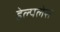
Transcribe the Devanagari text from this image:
हेल्पलेस